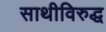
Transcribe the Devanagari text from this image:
साथीविरुद्ध